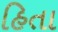
હિતા